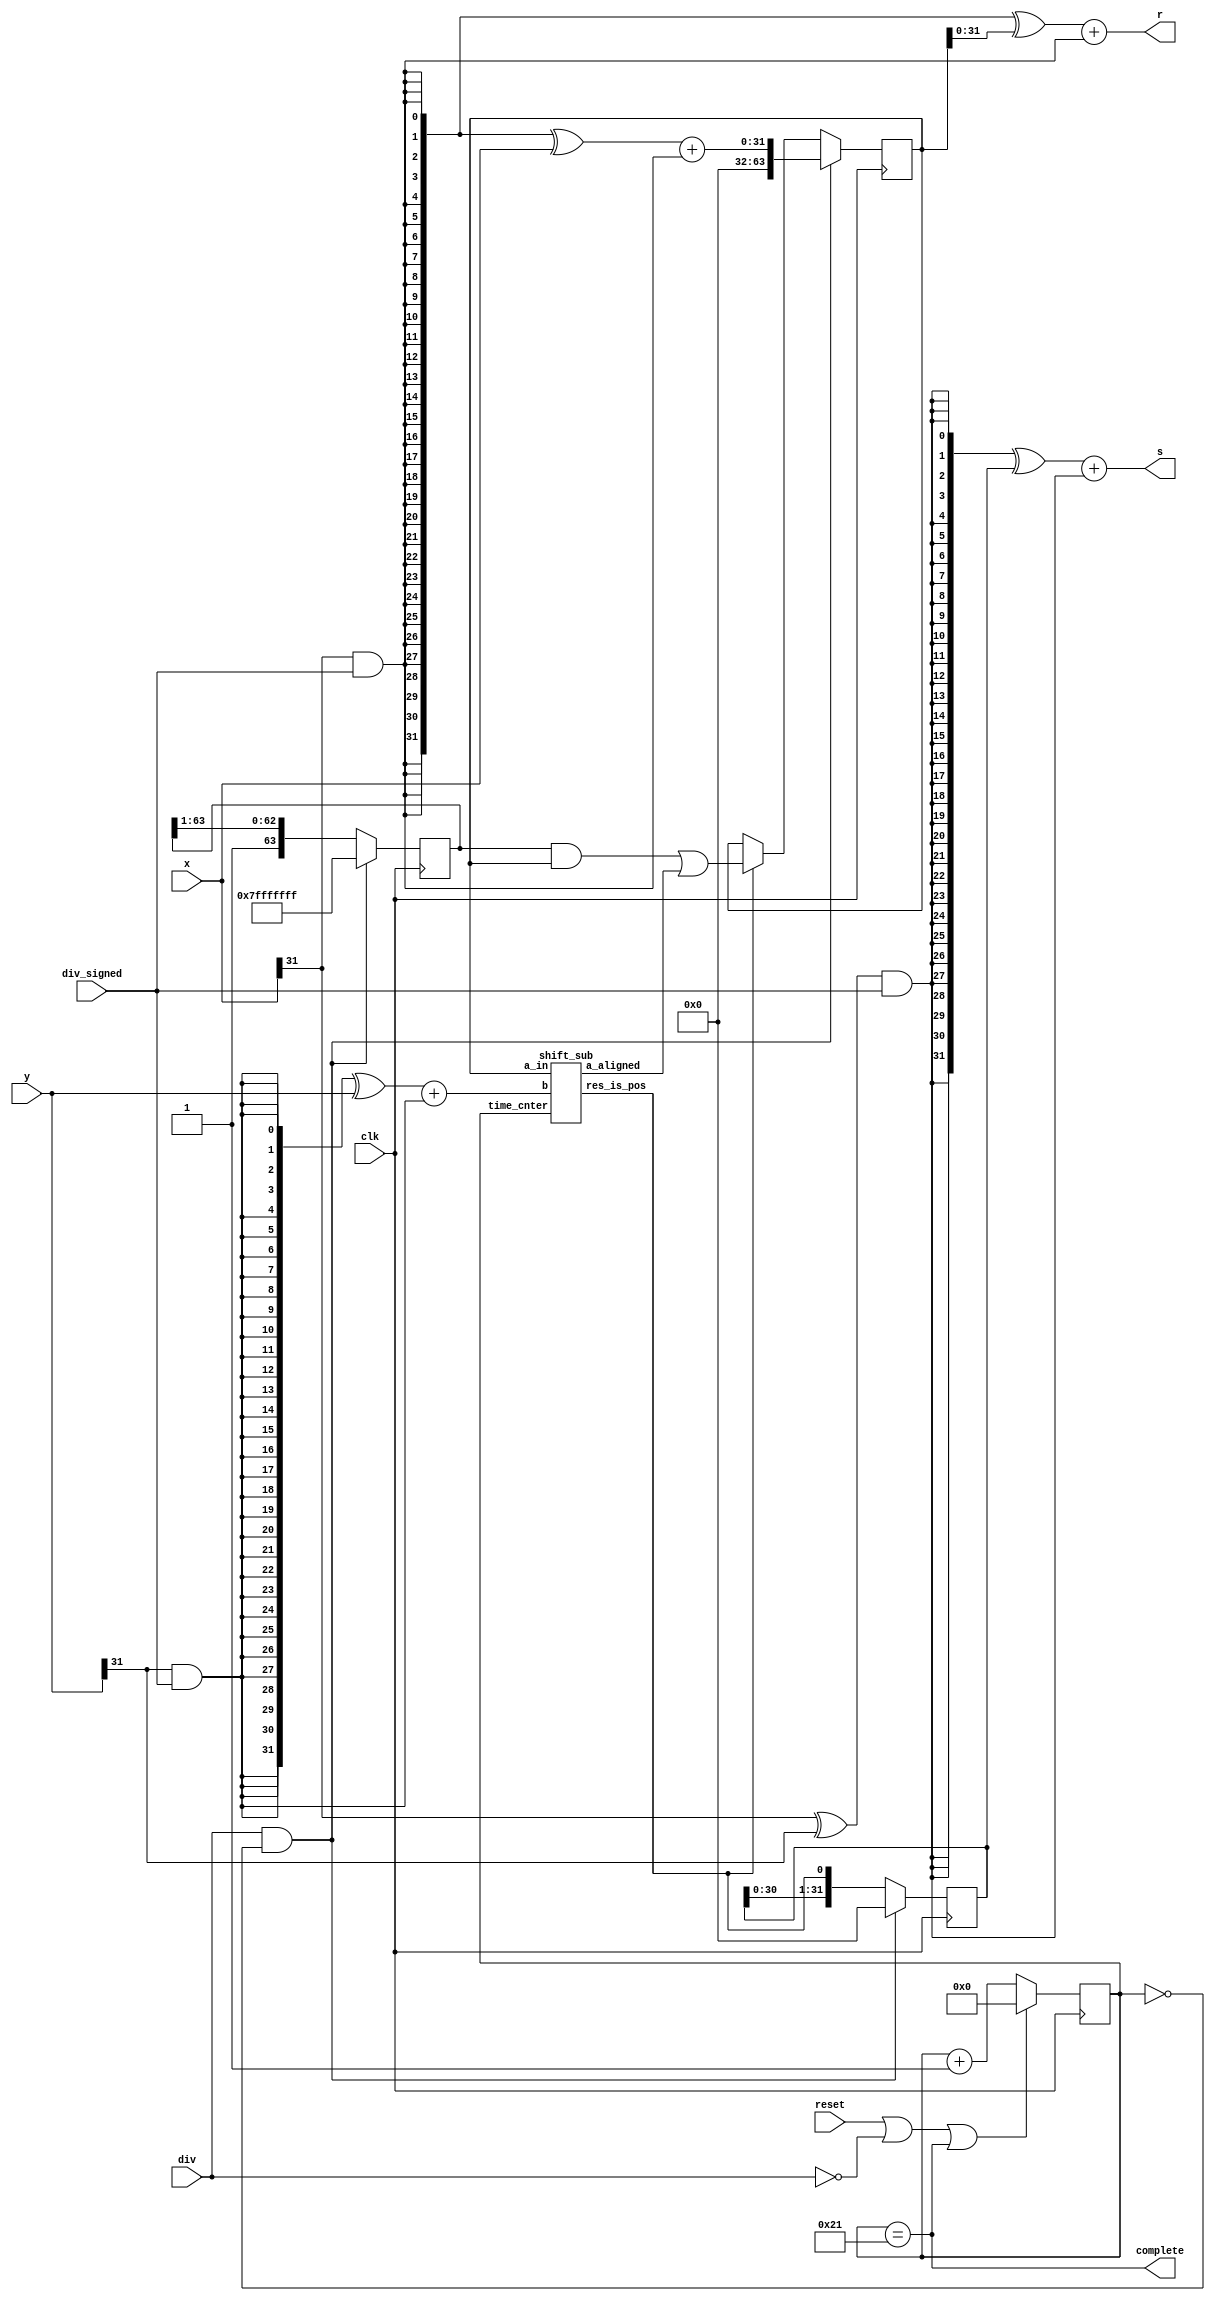
module my_div(
        input clk,
        input reset,
        input div,
        input div_signed,
        input [31:0] x,
        input [31:0] y,
        output [31:0] s, //
        output [31:0] r, //
        output complete
);
        wire x_signed;
        wire y_signed;
        wire s_signed;
        wire r_signed;
        wire [31:0] x_abs;
        wire [31:0] y_abs;
        reg [63:0] div_a;
        reg [63:0] div_mask; //33011
        reg [31:0] div_s;
        wire [31:0] div_r;
        reg [5:0] time_cnter;

        wire ss_res_is_pos;
        wire [63:0] ss_a_aligned;

        assign x_signed = x[31] & div_signed;
        assign y_signed = y[31] & div_signed;
        assign s_signed = (x[31]^y[31]) & div_signed;
        assign r_signed = x[31] & div_signed;
        assign x_abs = ({32{x_signed}}^x) + x_signed;
        assign y_abs = ({32{y_signed}}^y) + y_signed;

        always @(posedge clk) begin
                if(div & (time_cnter == 6'b0))
                        div_mask <= 64'h000000007fffffff;
                else
                        div_mask <= {1'b1,div_mask[63:1]};
        end
        always @(posedge clk) begin
                if(div & (time_cnter == 6'b0))
                        div_a <= {32'b0,x_abs};
                else if(ss_res_is_pos) //time1
                        div_a <= ( div_mask & div_a ) | ss_a_aligned;
        end
        always @(posedge clk) begin
                if(div & (time_cnter == 6'b0))
                        div_s <= 32'b0;
                else 
                        div_s <= {div_s[30:0],ss_res_is_pos};
        end
                        
        always @(posedge clk) begin
                if(reset | ~div | complete)
                        time_cnter <= 6'b0;
                else 
                        time_cnter <= time_cnter + 1'b1;
        end
        assign complete = time_cnter == 6'd33;

        shift_sub ss1(
                .a_in           (div_a),
                .time_cnter     (time_cnter),
                .b              (y_abs),
                .res_is_pos     (ss_res_is_pos),
                .a_aligned      (ss_a_aligned)
        );

        assign div_r = div_a[31:0];
        assign s = ({32{s_signed}}^div_s) + s_signed;
        assign r = ({32{r_signed}}^div_r) + r_signed;
endmodule

module shift_sub (
        input wire [63:0] a_in,
        input wire [5:0 ] time_cnter,
        input wire [31:0] b,
        output wire res_is_pos,         //
        output wire [63:0] a_aligned  //
);
        wire [64:0] a_in_shift; //time33
        //suber
        wire [32:0] adder_a;
        wire [32:0] adder_b;
        wire adder_cin;
        wire [32:0] adder_res;
        wire [64:0] a_aligned_shift;

        assign a_in_shift = {1'b0,a_in} << time_cnter;
        assign adder_a = a_in_shift[64:32];
        assign adder_b = ~{1'b0,b};
        assign adder_cin = 1'b1;
        assign adder_res = adder_a + adder_b + adder_cin;
        
        assign a_aligned_shift = {adder_res,32'b0}>>time_cnter;
        assign a_aligned = a_aligned_shift[63:0];
        assign res_is_pos = ~adder_res[32];
endmodule